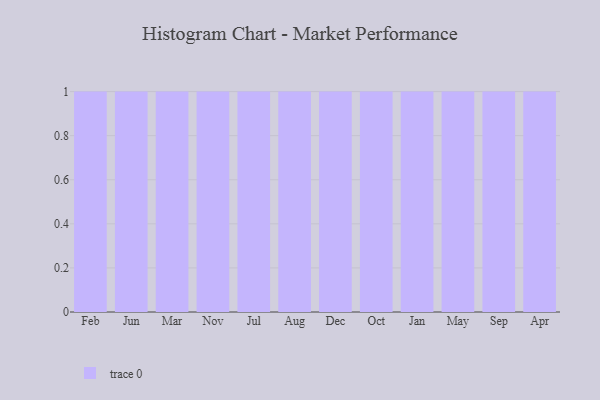
{"axis": {"x": "Month", "y": "Population (Million)"}, "legend": [""], "data": [{"x": "Feb", "y": 57, "type": ""}, {"x": "Jun", "y": 36, "type": ""}, {"x": "Mar", "y": 23, "type": ""}, {"x": "Nov", "y": 22, "type": ""}, {"x": "Jul", "y": 61, "type": ""}, {"x": "Aug", "y": 15, "type": ""}, {"x": "Dec", "y": 11, "type": ""}, {"x": "Oct", "y": 37, "type": ""}, {"x": "Jan", "y": 70, "type": ""}, {"x": "May", "y": 85, "type": ""}, {"x": "Sep", "y": 92, "type": ""}, {"x": "Apr", "y": 65, "type": ""}]}